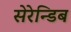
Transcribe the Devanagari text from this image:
सेरेन्डिब